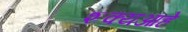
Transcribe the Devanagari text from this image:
शक्यआहे